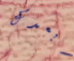
أبعدك